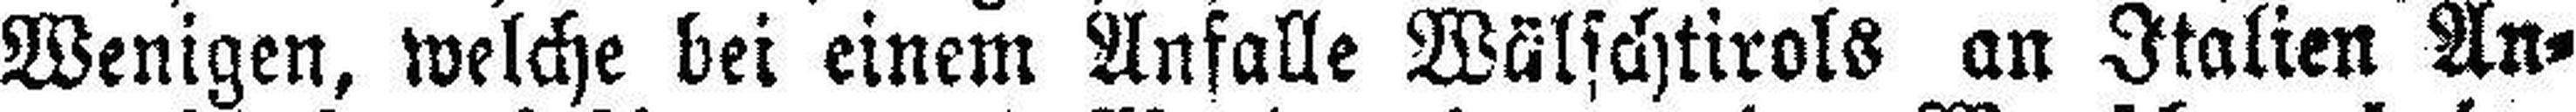
Wenigen, welche bei einem Anfalle Wälschtirols an Italien An¬